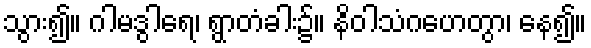
သွား၍။ ဂါမဒွါရေ၊ ရွာတံခါး၌။ နိဝါသံဂဟေတွာ၊ နေ၍။